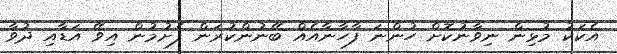
އެކަކު މުޅިން ނިވާނުކޮށް ހުންނަ ފާހާނާއެއް ބޭނުންކުރަން ފެށުމުން އިވޭ އަޑާއި ދުވާ